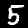
Digit: 5